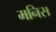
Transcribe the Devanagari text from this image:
मनिस